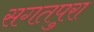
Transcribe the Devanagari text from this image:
सगतपुरा